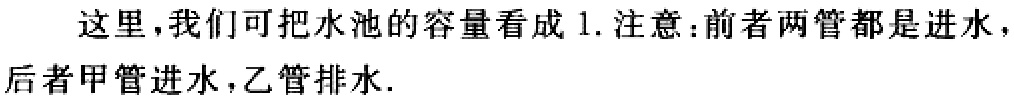
这里，我们可把水池的容量看成 1. 注意：前者两管都是进水，后者甲管进水，乙管排水.